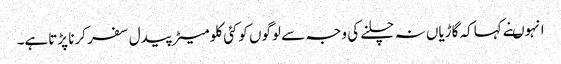
انہوںنے کہاکہ گاڑیاں نہ چلنے کی وجہ سے لوگوں کوکئی کلومیٹر پیدل سفر کرنا پڑتاہے۔